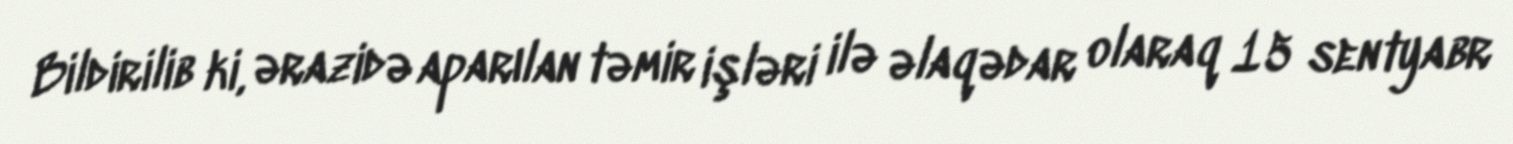
Bildirilib ki, ərazidə aparılan təmir işləri ilə əlaqədar olaraq 15 sentyabr